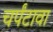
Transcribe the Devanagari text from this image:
चर्पंटावा